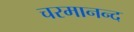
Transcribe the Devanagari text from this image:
चरमानन्द